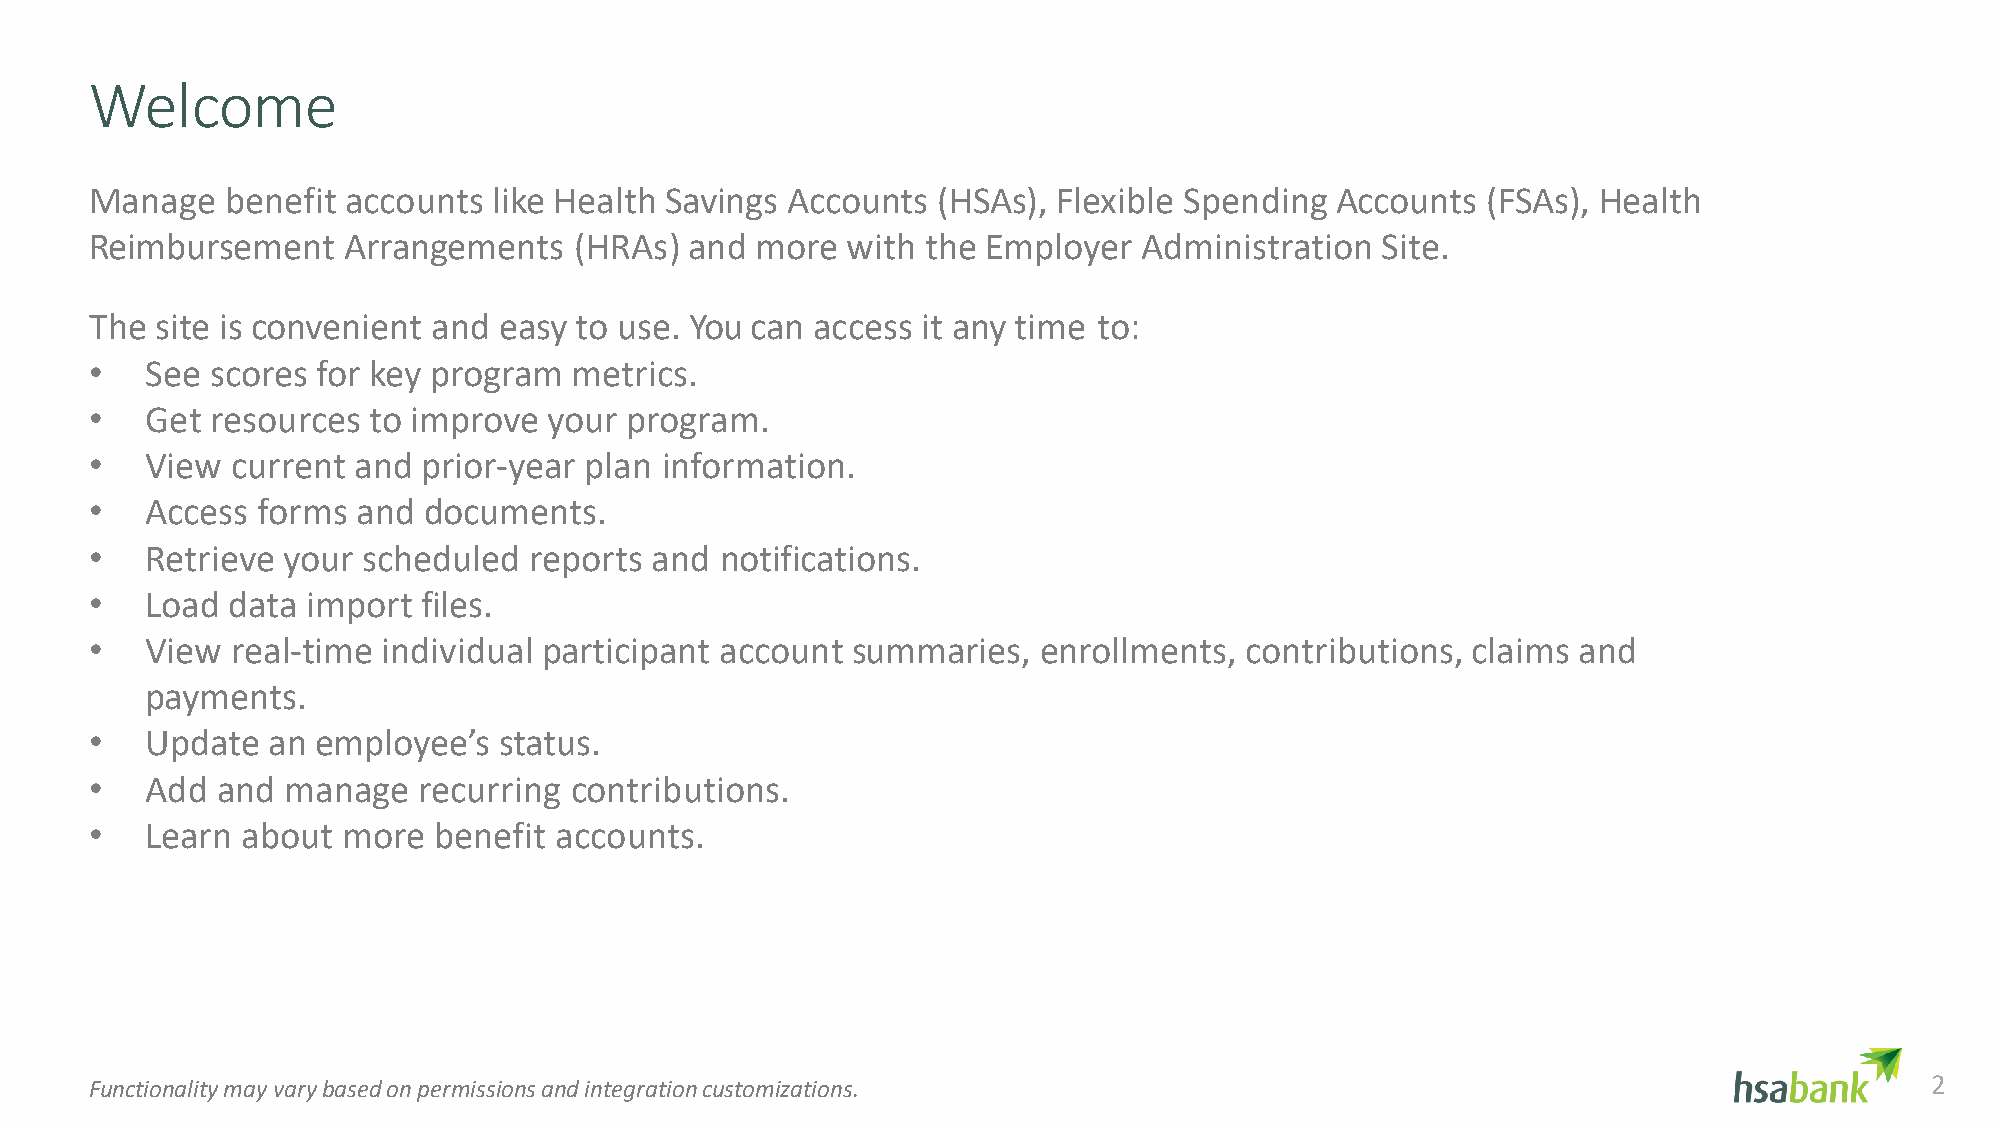
Welcome
 Manage   benefit accounts  like Health Savings Accounts (HSAs), Flexible Spending Accounts  (FSAs), Health
 Reimbursement    Arrangements   (HRAs)  and more  with the Employer   Administration Site.
 The site is convenient and easy to use. You can access it any time to:
 •   See scores for key program  metrics.
 •   Get resources to improve  your program.
 •   View current and  prior-year plan information.
 •   Access forms  and documents.
 •   Retrieve your scheduled  reports and  notifications.
 •   Load data import  files.
 •   View real-time individual participant account summaries,   enrollments, contributions, claims and
 payments.
 •   Update  an employee’s  status.
 •   Add and  manage   recurring contributions.
 •   Learn about  more  benefit accounts.
 Functionality may vary based on permissions and integrationcustomizations.                                                2